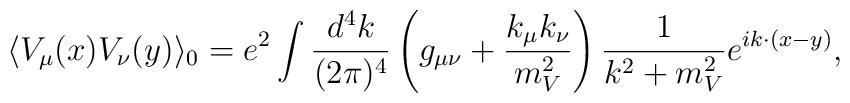
\langle V_{\mu}(x) V_{\nu}(y)\rangle_{0}=e^{2}\int\frac{d^{4}k}{(2\pi)^{4}}        \left(g_{\mu\nu}+\frac{k_{\mu}k_{\nu}}{m_{V}^{2}}\right)                \frac{1}{k^{2}+m_{V}^{2}}e^{ik\cdot(x-y)},